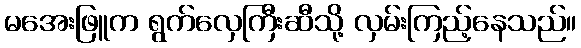
မအေးဖြူက ရွက်လှေကြီးဆီသို့ လှမ်းကြည့်နေသည်။